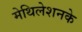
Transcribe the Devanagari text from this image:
मेथिलेशनके